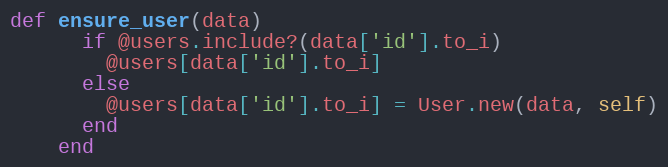
Language: Ruby
def ensure_user(data)
      if @users.include?(data['id'].to_i)
        @users[data['id'].to_i]
      else
        @users[data['id'].to_i] = User.new(data, self)
      end
    end